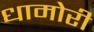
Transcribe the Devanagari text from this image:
धामोरी